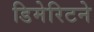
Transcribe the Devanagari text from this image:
डिमेरिटने